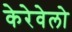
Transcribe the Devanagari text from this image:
केरेवेलो